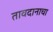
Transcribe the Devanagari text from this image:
तावदानाचा